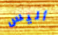
أليس